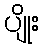
ပျိုး